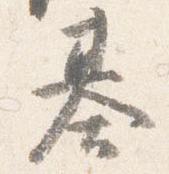
基